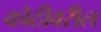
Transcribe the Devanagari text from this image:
कोठीवरील